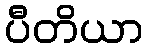
ပီတိယာ